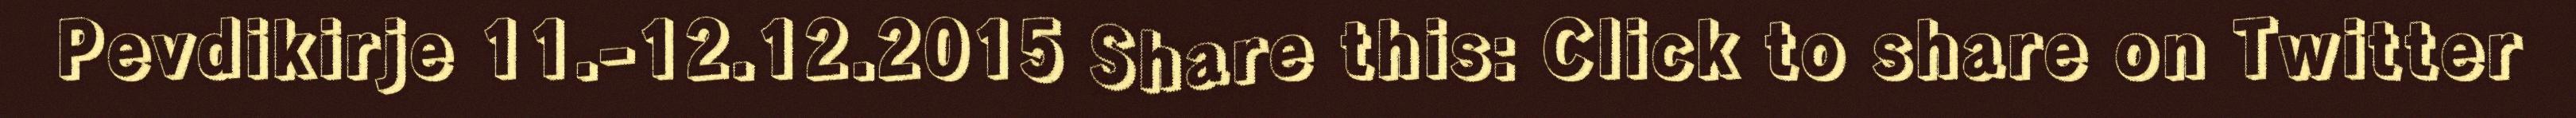
Pevdikirje 11.-12.12.2015 Share this: Click to share on Twitter